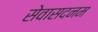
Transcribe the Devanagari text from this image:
सेवासदनम